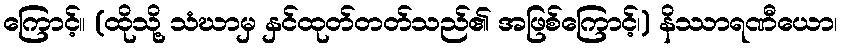
ကြောင့်။ (ထိုသို့ သံဃာမှ နှင်ထုတ်တတ်သည်၏ အဖြစ်ကြောင့်၊) နိဿာရဏီယော၊